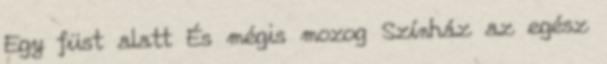
Egy füst alatt És mégis mozog Színház az egész